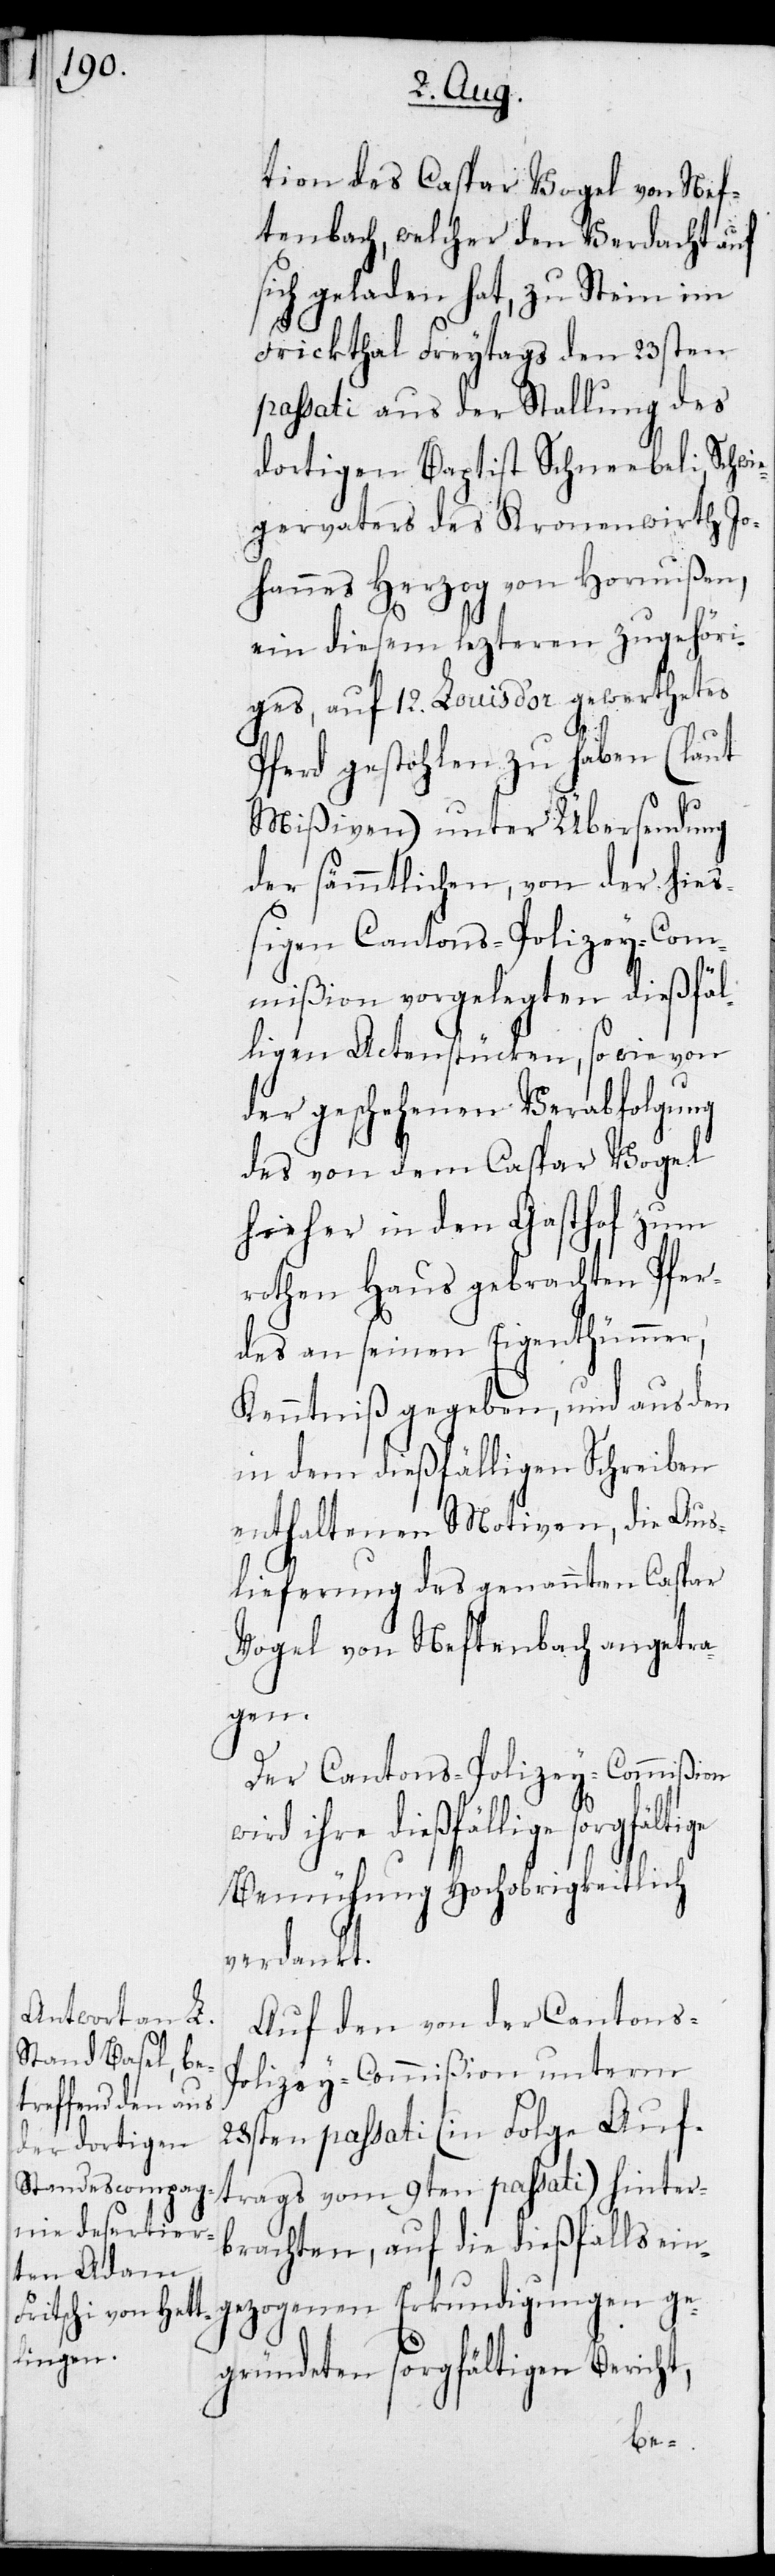
tion des Caspar Vogel von Nef¬
tenbach, welcher den Verdacht auf
sich geladen hat, zu Stein im
Frickthal Freytags den 23sten
passati aus der Stallung des
dortigen Baptist Schneebeli, Schwie¬
gervaters des Kronenwirth Jo¬
hannes Herzog von Hornußen,
ein diesem lezteren zugehöri¬
gen, auf 12. Louis d’or gewerthetes
Pferd gestohlen zu haben (laut
Mißiven) unter Übersendung
der sämmtlichen, von der hieß¬
igen Cantons-Polizey-Com¬
mißion vorgelegten dießfäl¬
ligen Actenstücken, so wie von
der geschehenen Verabfolgung
des von dem Caspar Vogel
hieher in den Gasthof zum
rothen Haus gebrachten Pfer¬
des an seinen Eigenthümmer,
Kenntniß gegeben, und aus den
in dem dießfälligen Schreiben
enthaltenen Motiven, die Aus¬
lieferung des genannten Caspar
Vogel von Neftenbach angetra¬
gen.
Der Cantons-Polizey-Commißion
ihre dießfällige
Bemühung hochobrigkeitlich
verdankt.
Auf den von der Cantons-P¬
olizey-Commißion unterm
28sten passati (in Folge Auf¬
trags vom 9ten passati) hinter¬
brachten, auf die dießfalls ein¬
gezogenen Erkundigungen ge¬
gründeten sorgfältigen Bericht,